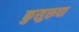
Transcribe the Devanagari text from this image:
कुसुरूपा